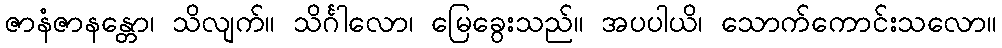
ဇာနံဇာနန္တော၊ သိလျက်။ သိင်္ဂါလော၊ မြေခွေးသည်။ အပပါယိ၊ သောက်ကောင်းသလော။